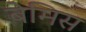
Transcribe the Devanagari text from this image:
बेमिस